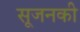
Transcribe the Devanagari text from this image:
सूजनकी